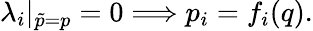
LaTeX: \lambda_{i}|_{\tilde{p}=p}=0\Longrightarrow p_{i}=f_{i}(q){.}